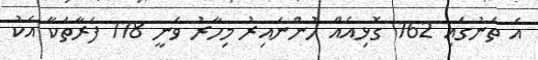
އެ ތަނުގައި 162 ގޮޅިއެއް ހުންނައިރު މިހާރު ވަނީ 118 ފަރާތަކާ އެކު